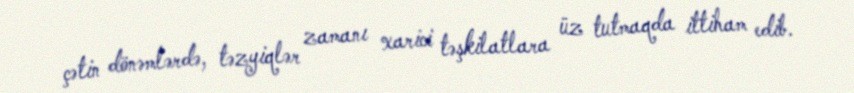
çətin dönəmlərdə, təzyiqlər zamanı xarici təşkilatlara üz tutmaqda ittiham edib.